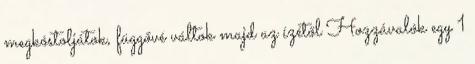
megkóstoljátok, függővé váltok majd az ízétől Hozzávalók egy 1